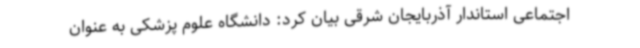
اجتماعی استاندار آذربایجان شرقی بیان کرد: دانشگاه علوم پزشکی به عنوان